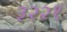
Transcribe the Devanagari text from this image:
३२२१